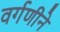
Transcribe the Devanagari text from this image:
वर्गणीने